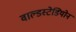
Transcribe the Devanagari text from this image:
वाल्डस्टेडियोन